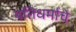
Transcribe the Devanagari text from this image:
यतिधर्माचे